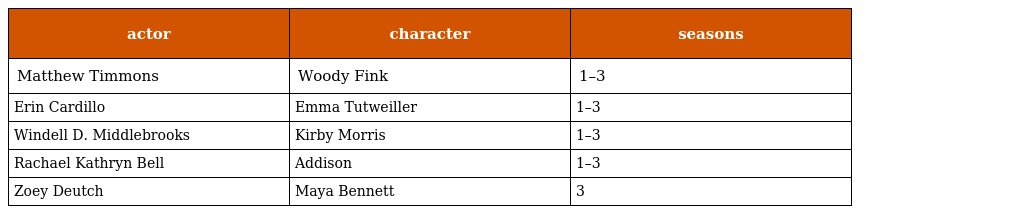
| actor | character | seasons |
 | --- | --- | --- |
 | Matthew Timmons | Woody Fink | 1–3 |
 | Erin Cardillo | Emma Tutweiller | 1–3 |
 | Windell D. Middlebrooks | Kirby Morris | 1–3 |
 | Rachael Kathryn Bell | Addison | 1–3 |
 | Zoey Deutch | Maya Bennett | 3 |